On kala azar, malaria and malarial cachexia - Number 19
Disease focus: Malaria
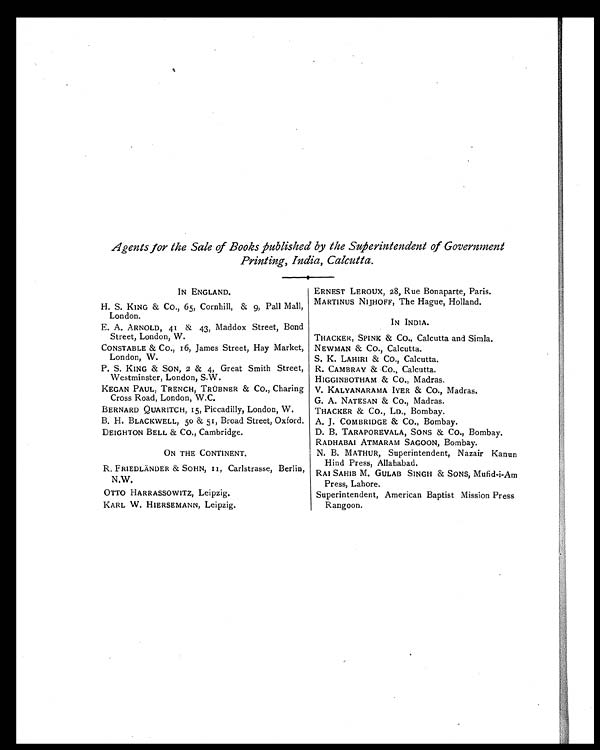
Agents for the Sale of Books published by the Superintendent of Government
Printing, India, Calcutta.
IN ENGLAND.
ERNEST LEROUX, 28, Rue Bonaparte, Paris.
H. S. KING & Co., 65, Cornhill, & 9, Pall Mall,
London.
MARTINUS NIJHOFF, The Hague, Holland.
E. A. ARNOLD, 41 & 43, Maddox Street, Bond
Street, London, W.
IN INDIA.
THACKER, SPINK & CO., Calcutta and Simla.
CONSTABLE & CO., 16, James Street, Hay Market,
London, W.
NEWMAN & CO., Calcutta.
S. K. LAHIRI & CO., Calcutta.
P. S. KING & SON, 2 & 4, Great Smith Street,
Westminster, London, S.W.
R. CAMBRAY & CO., Calcutta.
HIGGINBOTHAM & CO., Madras.
KEGAN PAUL, TRENCH, TRÜBNER & CO., Charing
Cross Road, London, W.C.
V. KALYANARAMA IYER & CO., Madras.
G. A. NATESAN & CO., Madras.
BERNARD QUARITCH, 15, Piccadilly, London, W.
THACKER & CO., LD., Bombay.
B. H. BLACKWELL, 50 & 51, Broad Street, Oxford. A. J. COMBRIDGE & CO., Bombay.
DEIGHTON BELL & CO., Cambridge.
D. B. TARAPOREVALA, SONS & CO., Bombay.
RADHABAI ATMARAM SAGOON, Bombay.
ON THE CONTINENT.
N. B. MATHUR, Superintendent, Nazair Kanun
Hind Press, Allahabad.
R. FRIEDLÄNDER & SOHN, 11, Carlstrasse, Berlin,
N.W.
RAI SAHIB M. GULAB SINGH & SONS, Mufid-i-Am
Press, Lahore.
OTTO HARRASSOWITZ, Leipzig.
Superintendent, American Baptist Mission Press
Rangoon.
KARL W. HIERSEMANN, Leipzig.